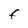
Character: F